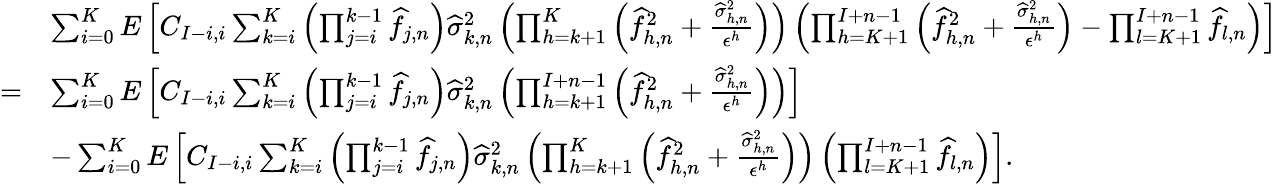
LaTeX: \begin{array}{rl}&{\sum_{i=0}^{K}E\left[C_{I-i,i}\sum_{k=i}^{K}\left(\prod_{j=i}^{k-1}\widehat{f}_{j,n}\right)\widehat\sigma_{k,n}^{2}\left(\prod_{h=k+1}^{K}\left(\widehat{f}_{h,n}^{2}+\frac{\widehat\sigma_{h,n}^{2}}{\epsilon^{h}}\right)\right)\left(\prod_{h=K+1}^{I+n-1}\left(\widehat{f}_{h,n}^{2}+\frac{\widehat\sigma_{h,n}^{2}}{\epsilon^{h}}\right)-\prod_{l=K+1}^{I+n-1}\widehat{f}_{l,n}\right)\right]}\\ {=}&{\sum_{i=0}^{K}E\left[C_{I-i,i}\sum_{k=i}^{K}\left(\prod_{j=i}^{k-1}\widehat{f}_{j,n}\right)\widehat\sigma_{k,n}^{2}\left(\prod_{h=k+1}^{I+n-1}\left(\widehat{f}_{h,n}^{2}+\frac{\widehat\sigma_{h,n}^{2}}{\epsilon^{h}}\right)\right)\right]}\\ &{-\sum_{i=0}^{K}E\left[C_{I-i,i}\sum_{k=i}^{K}\left(\prod_{j=i}^{k-1}\widehat{f}_{j,n}\right)\widehat\sigma_{k,n}^{2}\left(\prod_{h=k+1}^{K}\left(\widehat{f}_{h,n}^{2}+\frac{\widehat\sigma_{h,n}^{2}}{\epsilon^{h}}\right)\right)\left(\prod_{l=K+1}^{I+n-1}\widehat{f}_{l,n}\right)\right].}\end{array}